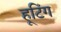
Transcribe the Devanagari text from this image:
हूटिंग